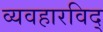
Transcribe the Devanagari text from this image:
व्यवहारविद्